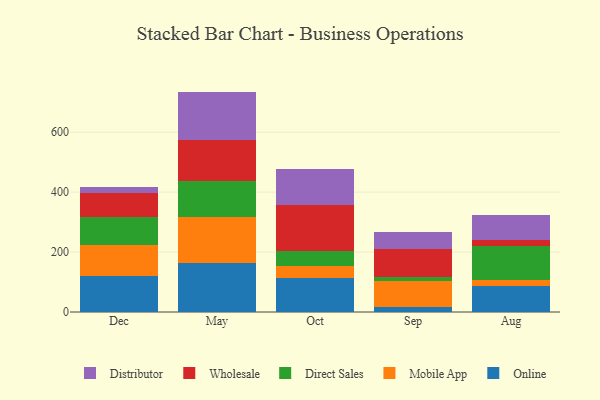
{"axis": {"x": "Month", "y": "Budget (USD K)"}, "legend": ["Direct Sales", "Distributor", "Mobile App", "Online", "Wholesale"], "data": [{"x": "Dec", "y": 121.4, "type": "Online"}, {"x": "Dec", "y": 101.6, "type": "Mobile App"}, {"x": "Dec", "y": 93.5, "type": "Direct Sales"}, {"x": "Dec", "y": 82.2, "type": "Wholesale"}, {"x": "Dec", "y": 18.4, "type": "Distributor"}, {"x": "May", "y": 164.4, "type": "Online"}, {"x": "May", "y": 152.7, "type": "Mobile App"}, {"x": "May", "y": 119.2, "type": "Direct Sales"}, {"x": "May", "y": 137.9, "type": "Wholesale"}, {"x": "May", "y": 161.3, "type": "Distributor"}, {"x": "Oct", "y": 114.6, "type": "Online"}, {"x": "Oct", "y": 38.9, "type": "Mobile App"}, {"x": "Oct", "y": 48.6, "type": "Direct Sales"}, {"x": "Oct", "y": 155.9, "type": "Wholesale"}, {"x": "Oct", "y": 120.4, "type": "Distributor"}, {"x": "Sep", "y": 16.7, "type": "Online"}, {"x": "Sep", "y": 87.7, "type": "Mobile App"}, {"x": "Sep", "y": 12.5, "type": "Direct Sales"}, {"x": "Sep", "y": 94.4, "type": "Wholesale"}, {"x": "Sep", "y": 56.3, "type": "Distributor"}, {"x": "Aug", "y": 88.4, "type": "Online"}, {"x": "Aug", "y": 17.5, "type": "Mobile App"}, {"x": "Aug", "y": 113.8, "type": "Direct Sales"}, {"x": "Aug", "y": 19.2, "type": "Wholesale"}, {"x": "Aug", "y": 85.6, "type": "Distributor"}]}